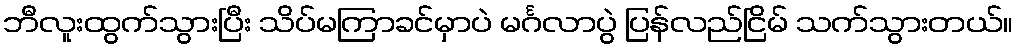
ဘီလူးထွက်သွားပြီး သိပ်မကြာခင်မှာပဲ မင်္ဂလာပွဲ ပြန်လည်ငြိမ် သက်သွားတယ်။